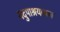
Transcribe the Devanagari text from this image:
यदुपाश्रयाश्रया